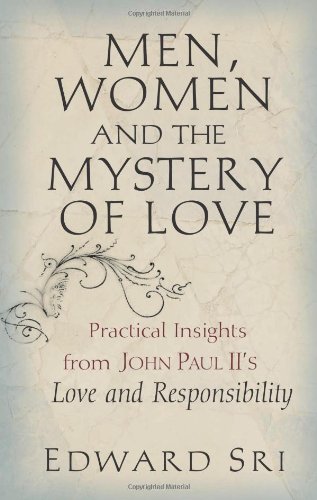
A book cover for Men, Women and the Mystery of Love: Practical Insights from John Paul II's Love and Responsibility; Edward Sri; Self-Help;